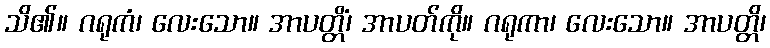
သိ၏။ ဂရုကံ၊ လေးသော။ အာပတ္တိံ၊ အာပတ်ကို။ ဂရုကာ၊ လေးသော။ အာပတ္တိ၊